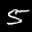
Label: 5